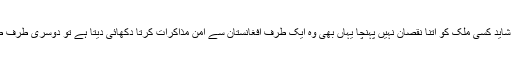
افغانستان کو امریکا کی طرف سے جتنا نقصان پہنچا ہے، شاید کسی ملک کو اتنا نقصان نہیں پہنچا یہاں بھی وہ ایک طرف افغانستان سے امن مذاکرات کرتا دکھائی دیتا ہے تو دوسری طرف طالبان کے نام پر افغانیوں کا قتل عام کرتا دکھائی دیتا ہے۔